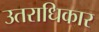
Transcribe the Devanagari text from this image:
उतराधिकार